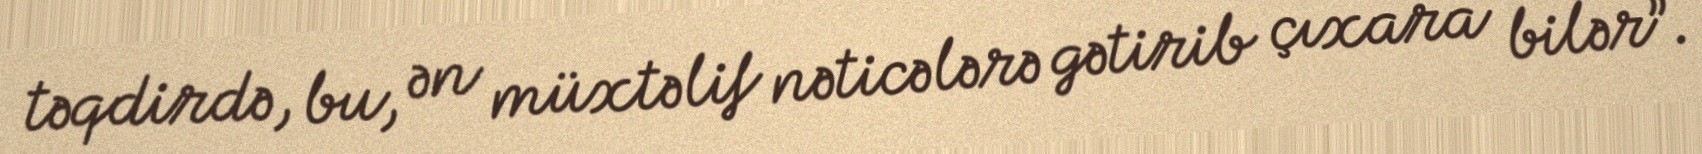
təqdirdə, bu, ən müxtəlif nəticələrə gətirib çıxara bilər”.